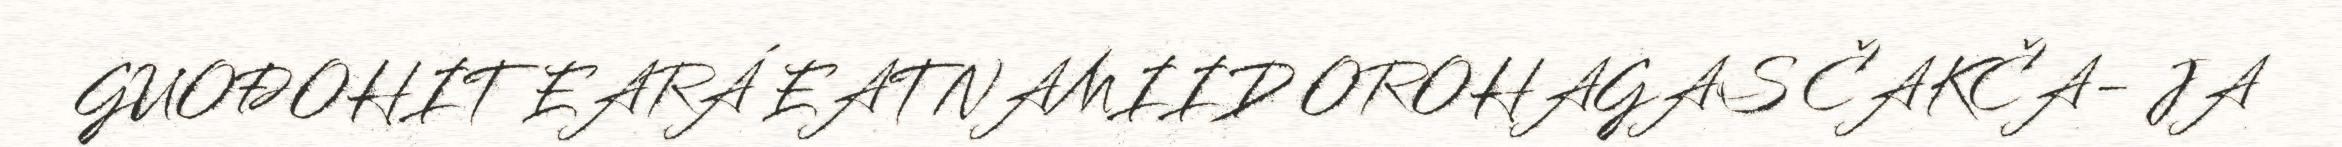
GUOĐOHIT EARÁ EATNAMIID OROHAGAS ČAKČA- JA